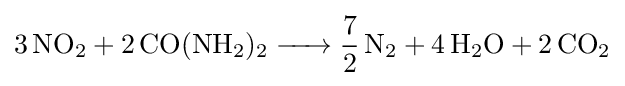
{\ce {3 NO2 + 2 CO(NH2)2 -> 7/2 N2 + 4 H2O + 2 CO2}}